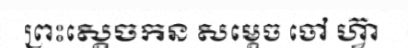
ព្រះស្តេចកន សម្តេច ចៅ ហ្វ៊ា